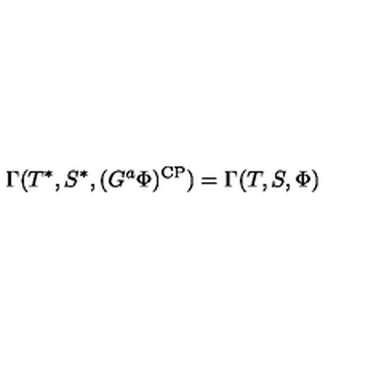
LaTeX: \Gamma ( T ^ { * } , S ^ { * } , ( G ^ { a } \Phi ) ^ { \mathrm { C P } } ) = \Gamma ( T , S , \Phi )